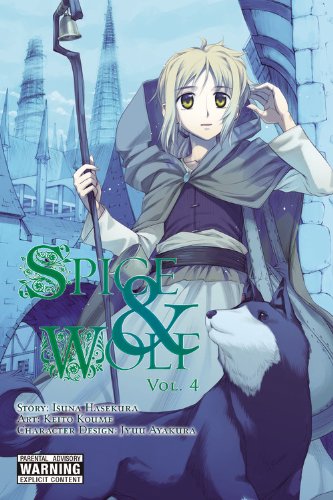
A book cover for Spice & Wolf, Vol. 4; Isuna Hasekura; Comics & Graphic Novels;